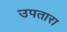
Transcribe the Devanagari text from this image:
उपतारा